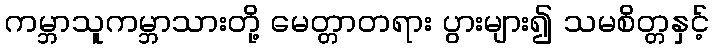
ကမ္ဘာသူကမ္ဘာသားတို့ မေတ္တာတရား ပွားများ၍ သမစိတ္တနှင့်